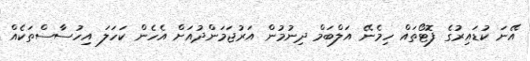
އޭނަ ކުޑައިރުގެ ފޮޓޯތައް ހިމެނޭ އަލްބަމް ދިނުމުން އަރުޖަމަންދުއަށް އެހެން ކަހަލަ އިހުސާސްތަކެއް